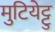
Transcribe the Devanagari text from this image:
मुटियेट्टु